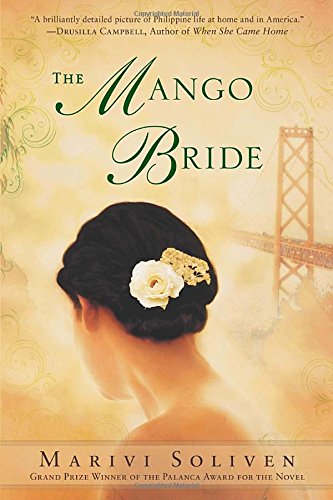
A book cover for The Mango Bride; Marivi Soliven; Literature & Fiction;